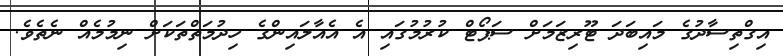
އިގްތިސާދުގެ މައިބަދަ ޓޫރިޒަމަށް ސަޕޯޓް ކުރުމުގައި އެ އެއާލައިންގެ ހިދުމަތްތަކަށް ނިމުމެއް ނެތެވެ.